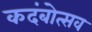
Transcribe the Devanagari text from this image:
कदंबोत्सव